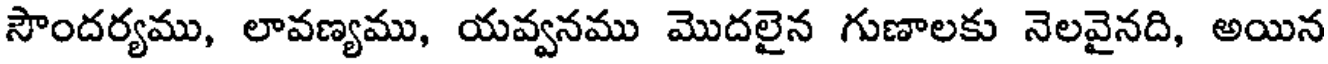
సౌందర్యము, లావణ్యము, యవ్వనము మొదలైన గుణాలకు నెలవైనది, అయిన